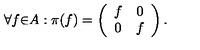
{ \forall } f { \in } A : { \pi } ( f ) = \left( \begin{array} { c c } { f } & { 0 } \\ { 0 } & { f } \\ \end{array} \right) .